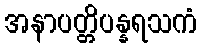
အနာပတ္တိပန္နရသကံ